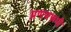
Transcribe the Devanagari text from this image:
प्रणयरूपी